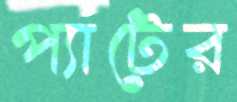
প্যাটের